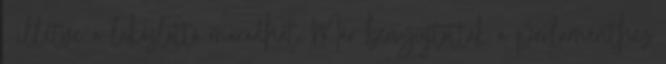
, illetve a lakáslottó maradhat. Már benyújtották a parlamenthez